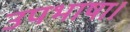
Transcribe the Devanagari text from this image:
उपभाषा।